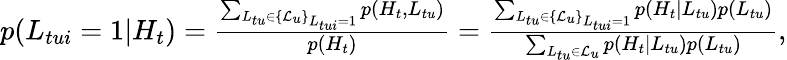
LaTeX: \begin{array}{r}{p(L_{tui}=1|H_{t})=\frac{\sum_{L_{tu}\in\{ \mathcal{L}_{u}\} _{L_{tui}=1}}p(H_{t},L_{tu})}{p(H_{t})}=\frac{\sum_{L_{tu}\in\{ \mathcal{L}_{u}\} _{L_{tui}=1}}p(H_{t}|L_{tu})p(L_{tu})}{\sum_{L_{tu}\in\mathcal{L}_{u}}p(H_{t}|L_{tu})p(L_{tu})},}\end{array}